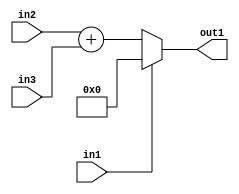
`timescale 1ps / 1ps
/*****************************************************************************
    Verilog RTL Description
    
    
    Created by: Stratus DpOpt 21.05.01 
*******************************************************************************/

module dut_entirecomputation_alt11_0 (
	in1,
	in2,
	in3,
	out1
	); /* architecture "behavioural" */ 
input  in1;
input [4:0] in2,
	in3;
output [5:0] out1;
wire [5:0] asc001,
	asc002;

assign asc002 = 
	+(in2)
	+(in3);

reg [5:0] asc001_tmp_0;
assign asc001 = asc001_tmp_0;
always @ (in1 or asc002) begin
	case (in1)
		1'B1 : asc001_tmp_0 = 6'B000000 ;
		default : asc001_tmp_0 = asc002 ;
	endcase
end

assign out1 = asc001;
endmodule

/* CADENCE  v7LxTws= : u9/ySxbfrwZIxEzHVQQV8Q== ** DO NOT EDIT THIS LINE ******/